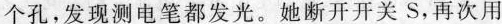
个孔，发现测电笔都发光。她断开开关S，再次用